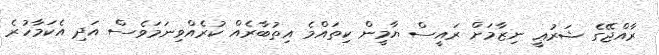
ރާއްޖޭގެ ޝަރުޢީ ނިޒާމަށް ރައީސް ޔާމީން ކިތައްމެ އިތުބާރެއް ކުރެއްވިނަމަވެސް އަދި އެކަމާހުރެ